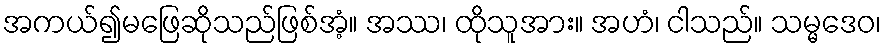
အကယ်၍မဖြေဆိုသည်ဖြစ်အံ့။ အဿ၊ ထိုသူအား။ အဟံ၊ ငါသည်။ သမ္မဒေဝ၊